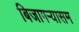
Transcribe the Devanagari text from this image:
बिजागऱ्यासम